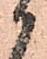
か